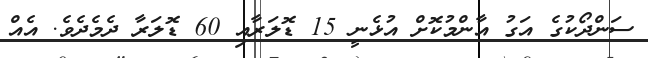
ސަންދޯކުގެ އަގު އާންމުކޮށް އުޅެނީ 15 ޑޮލަރާއި 60 ޑޮލަރާ ދެމެދެވެ. އެއް